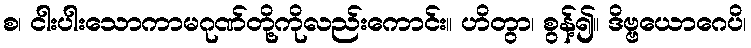
စ၊ ငါးပါးသောကာမဂုဏ်တို့ကိုလည်းကောင်း။ ဟိတွာ၊ စွန့်၍။ ဒိဗ္ဗယောဂေပိ၊